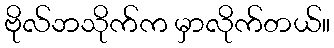
ဗိုလ်ဘသိုက်က မှာလိုက်တယ်။